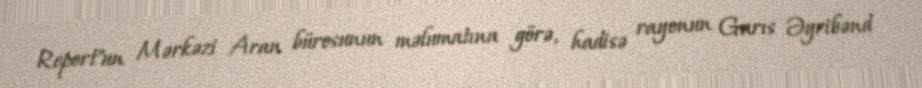
Report"un Mərkəzi Aran bürosunun məlumatına görə, hadisə rayonun Garıs Əyribənd